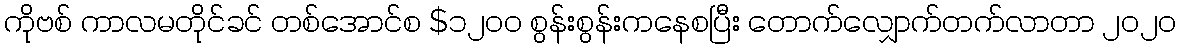
ကိုဗစ် ကာလမတိုင်ခင် တစ်အောင်စ $၁၂၀၀ စွန်းစွန်းကနေစပြီး တောက်လျှောက်တက်လာတာ ၂၀၂၀